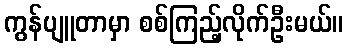
ကွန်ပျူတာမှာ စစ်ကြည့်လိုက်ဦးမယ်။